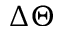
\Delta \Theta